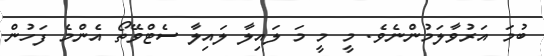
ބުމަ އަރުވާލަމުންނެވެ. މީ މީ މަ ލައިލާ ލައިލާ ސެޓްވޭތޯ އެންމެ ފަހުން